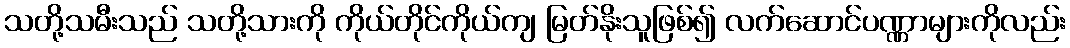
သတို့သမီးသည် သတို့သားကို ကိုယ်တိုင်ကိုယ်ကျ မြတ်နိုးသူဖြစ်၍ လက်ဆောင်ပဏ္ဏာများကိုလည်း